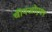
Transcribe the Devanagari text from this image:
चीपओएयर